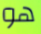
هو